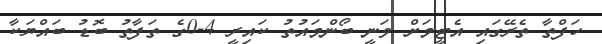
ހަފްތާ ތެރޭގައި އެޓީމަށް ވަނީ ބޯންމައުތު ކައިރީ 4-0ގެ ތަފާތު ބޮޑު ބައްޔަކާ